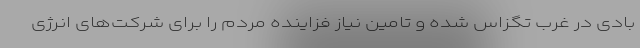
بادی در غرب تگزاس شده و تامین نیاز فزاینده مردم را برای شرکت‌های انرژی